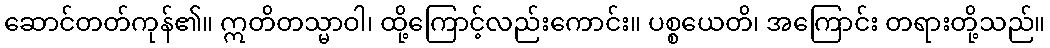
ဆောင်တတ်ကုန်၏။ ဣတိတသ္မာဝါ၊ ထို့ကြောင့်လည်းကောင်း။ ပစ္စယေတိ၊ အကြောင်း တရားတို့သည်။